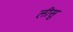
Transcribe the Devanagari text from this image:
लीसु